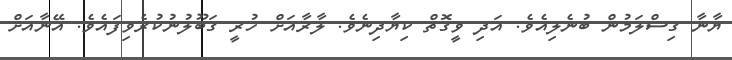
ޔާނާ ގިސްލަމުން ބުނެލިއެވެ. އަދި ވީގޮތް ކިޔާދިނެވެ. ލާރާއަށް ހުރީ ގަބޫލުނުކުރެވިފައެވެ. އޭނާއަށް